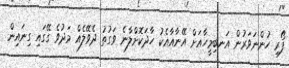
ފޯރި ހުންނަވަރުން އަނބިމީހާއަށް އޭނާއާއެކު ހާދަކޮށްލާނެ ވަގުތު ދެވޭލެއް މަދުވެ ގޭގައި ގިނައިން